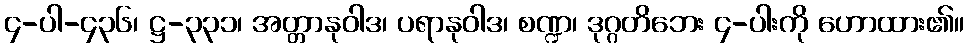
၄-ပါ-၄၃၆၊ ဋ္ဌ-၃၃၁၊ အတ္တာနုဝါဒ၊ ပရာနုဝါဒ၊ စဏ္ဍ၊ ဒုဂ္ဂတိဘေး ၄-ပါးကို ဟောထား၏။